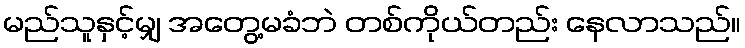
မည်သူနှင့်မျှ အတွေ့မခံဘဲ တစ်ကိုယ်တည်း နေလာသည်။